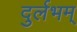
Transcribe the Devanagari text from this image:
दुर्लभम्